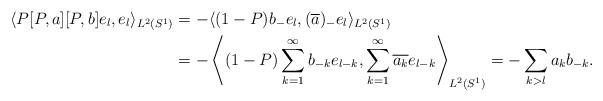
LaTeX: \begin{align*}\langle P[P,a][P,b]e_l,e_l\rangle_{L^2(S^1)}&=-\langle (1-P)b_-e_l,(\overline{a})_-e_l\rangle_{L^2(S^1)}\\&=-\left\langle (1-P)\sum_{k=1}^\infty b_{-k}e_{l-k},\sum_{k=1}^\infty \overline{a_{k}}e_{l-k}\right\rangle_{L^2(S^1)}=-\sum_{k>l} a_{k}b_{-k}.\end{align*}